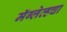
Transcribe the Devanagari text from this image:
मॅग्लेव्हचा